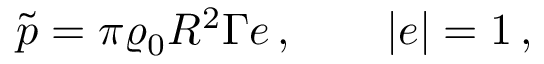
\tilde { \boldsymbol { p } } = \pi \varrho _ { 0 } { R } ^ { 2 } \Gamma { \boldsymbol { e } } \, , \qquad | { \boldsymbol { e } } | = 1 \, ,